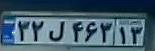
۳۲ل۴۶۳۱۳